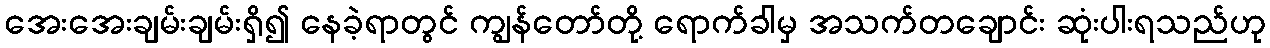
အေးအေးချမ်းချမ်းရှိ၍ နေခဲ့ရာတွင် ကျွန်တော်တို့ ရောက်ခါမှ အသက်တချောင်း ဆုံးပါးရသည်ဟု